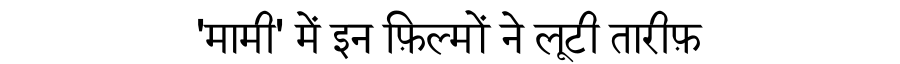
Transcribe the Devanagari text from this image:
'मामी' में इन फ़िल्मों ने लूटी तारीफ़